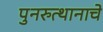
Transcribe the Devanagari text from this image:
पुनरुत्थानाचे